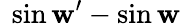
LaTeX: \ \sin\mathbf{w}^{\prime}-\sin\mathbf{w}